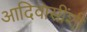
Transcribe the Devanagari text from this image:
आदिवासींशी